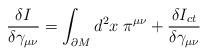
LaTeX: \begin{align*}\frac{\delta I}{\delta \gamma _{\mu \nu }}=\int_{\partial M}d^{2}x\;\pi^{\mu \nu }+\frac{\delta I_{ct}}{\delta \gamma _{\mu \nu }}\end{align*}